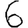
Digit: 6